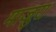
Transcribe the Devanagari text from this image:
माजुरा